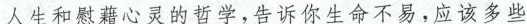
人生和慰藉心灵的哲学，告诉你生命不易，应该多些